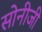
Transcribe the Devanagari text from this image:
सोनीजी